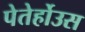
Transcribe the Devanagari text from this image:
पेतेर्होउस